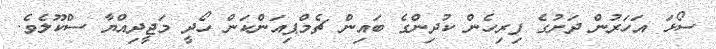
ސޯޅަ އަހަރުން ދަށުގެ ފިރިހެން ކުދިންގެ ބައިން ޗެމްޕިއަންކަން ހޯދީ މަޖީދިއްޔާ ސްކޫލެވެ.